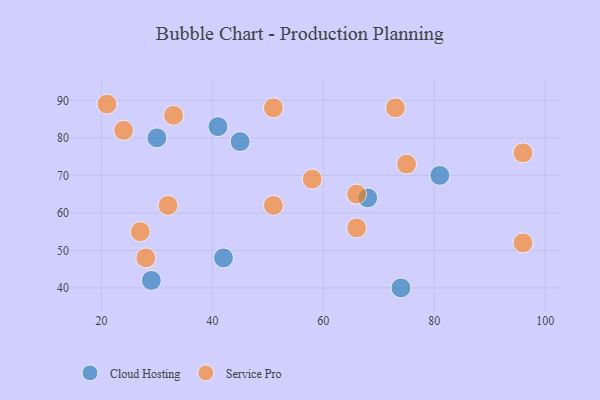
{"axis": {"x": "GDP", "y": "Life Expectancy"}, "legend": ["Cloud Hosting", "Service Pro"], "data": [{"x": "29", "y": 42, "type": "Cloud Hosting"}, {"x": "45", "y": 79, "type": "Cloud Hosting"}, {"x": "74", "y": 40, "type": "Cloud Hosting"}, {"x": "41", "y": 83, "type": "Cloud Hosting"}, {"x": "68", "y": 64, "type": "Cloud Hosting"}, {"x": "30", "y": 80, "type": "Cloud Hosting"}, {"x": "42", "y": 48, "type": "Cloud Hosting"}, {"x": "81", "y": 70, "type": "Cloud Hosting"}, {"x": "66", "y": 56, "type": "Service Pro"}, {"x": "51", "y": 88, "type": "Service Pro"}, {"x": "32", "y": 62, "type": "Service Pro"}, {"x": "33", "y": 86, "type": "Service Pro"}, {"x": "51", "y": 62, "type": "Service Pro"}, {"x": "96", "y": 52, "type": "Service Pro"}, {"x": "58", "y": 69, "type": "Service Pro"}, {"x": "28", "y": 48, "type": "Service Pro"}, {"x": "75", "y": 73, "type": "Service Pro"}, {"x": "24", "y": 82, "type": "Service Pro"}, {"x": "66", "y": 65, "type": "Service Pro"}, {"x": "27", "y": 55, "type": "Service Pro"}, {"x": "21", "y": 89, "type": "Service Pro"}, {"x": "96", "y": 76, "type": "Service Pro"}, {"x": "73", "y": 88, "type": "Service Pro"}]}